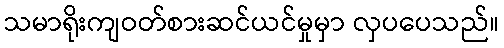
သမာရိုးကျဝတ်စားဆင်ယင်မှုမှာ လှပပေသည်။